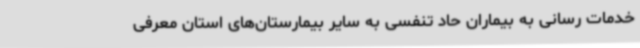
خدمات رسانی به بیماران حاد تنفسی به سایر بیمارستان‌های استان معرفی